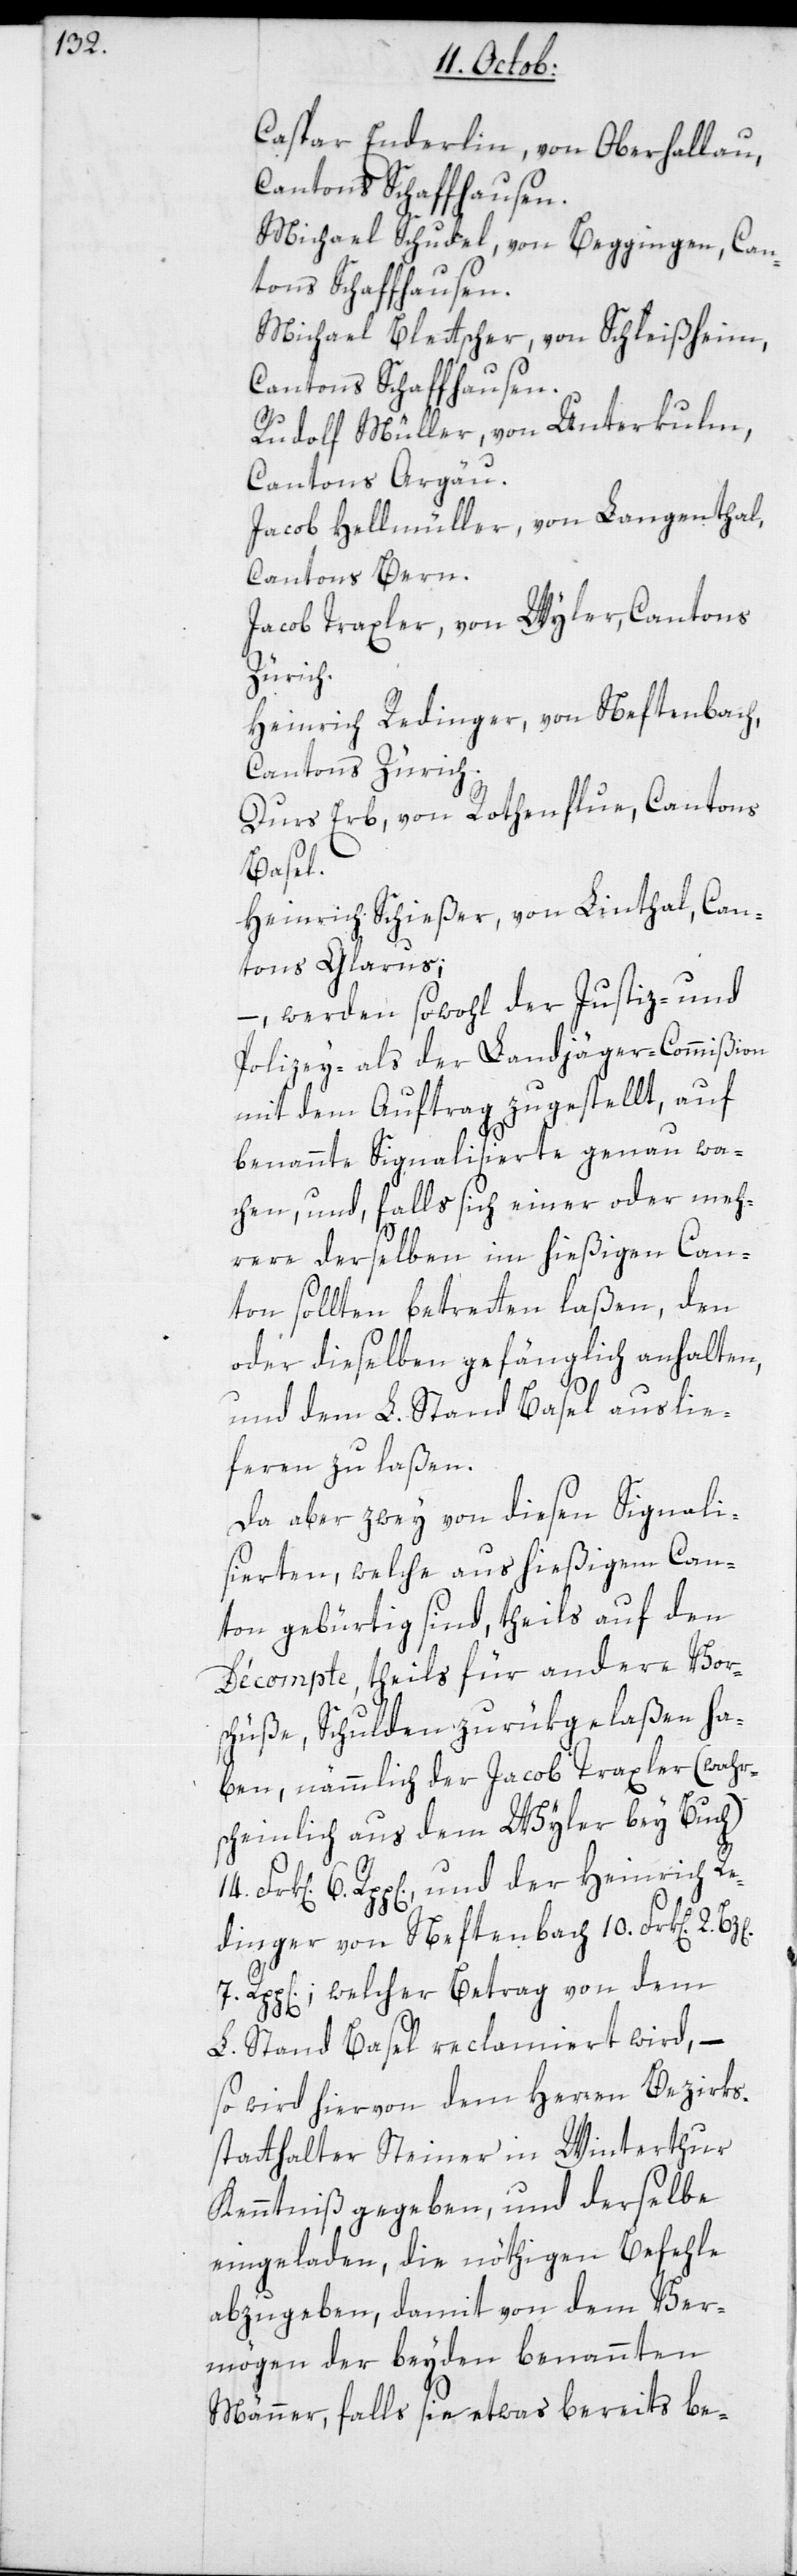
Caspar Enderlin, von Oberhallau,
Cantons Schaffhausen.
Michael Schudel, von Beggingen, Can¬
tons Schaffhausen.
Michael Bletscher, von Schleißheim,
Cantons Schaffhausen.
Rudolf Müller, von Unterkulm,
Cantons Aargau.
Jacob Hellmüller, von Langenthal,
Cantons Bern.
Jacob Traxler, von Wyler, Cantons
Zürich.
Heinrich Redinger, von Neftenbach,
Cantons Zürich.
Durs Erb, von Rothenflue, Cantons
Basel.
Heinrich Schießer, von Linthal, Can¬
tons Glarus;
– werden sowohl der Justiz- und
Polizey- als der Landjäger-Commißion
mit dem Auftrag zugestellt, auf
benannte Signalisierte genau wa¬
chen, und falls sich einer oder meh¬
rere derselben im hießigen Can¬
ton sollten betretten laßen, den
oder dieselben gefänglich anhalten,
und dem L. Stand Basel auslie¬
feren zu laßen.
Da aber zwey von diesen Signali¬
sierten, welche aus hießigem Can¬
ton gebürtig sind, theils auf den
Décompte, theils für andere Vors¬
chüße, Schulden zurükgelaßen ha¬
ben, nämmlich der Jacob Traxler (wahr¬
scheinlich aus dem Wyler bey Buch)
6. R[appen], und der Heinrich Re¬
dinger von Neftenbach 10. Fr[anken] 2.
R[appen]; welcher Betrag von dem
L. Stand Basel reclamiert wird, –
so wird hiervon dem Herren Bezirks¬
statthalter Steiner in Winterthur
Kenntniß gegeben, und derselbe
eingeladen, die nöthigen Befehle
abzugeben, damit von dem Ver¬
mögen der beyden benannten
Männer, falls sie etwas bereits be-